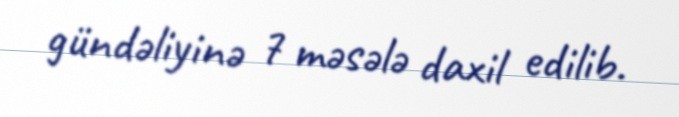
gündəliyinə 7 məsələ daxil edilib.